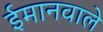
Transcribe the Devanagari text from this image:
ईमानवाले